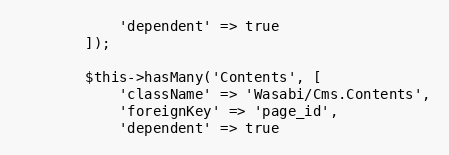
Language: PHP
            'dependent' => true
        ]);

        $this->hasMany('Contents', [
            'className' => 'Wasabi/Cms.Contents',
            'foreignKey' => 'page_id',
            'dependent' => true